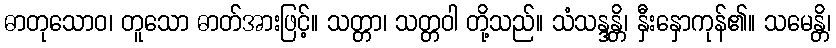
ဓာတုသောဝ၊ တူသော ဓာတ်အားဖြင့်။ သတ္တာ၊ သတ္တဝါ တို့သည်။ သံသန္ဒန္တိ၊ နှီးနှောကုန်၏။ သမေန္တိ၊